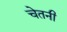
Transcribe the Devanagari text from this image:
चेतनी